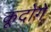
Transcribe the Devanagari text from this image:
कूदोगे